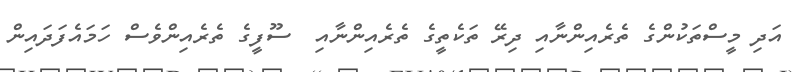
އަދި މީސްތަކުންގެ ތެރެއިންނާއި ދިރޭ ތަކެތީގެ ތެރެއިންނާއި  ސޫފީގެ ތެރެއިންވެސް ހަމައެފަދައިން